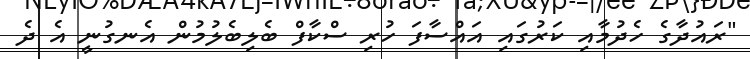
"ރައުދާގެ ހެދުމާއި ކަރުގައި އައްސާފަ ހުރި ސްކާފް ބެލިބެލުމުން އެނގުނީ އެ ދެ